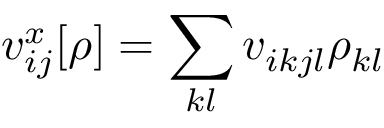
v _ { i j } ^ { x } [ \rho ] = \sum _ { k l } v _ { i k j l } \rho _ { k l }